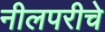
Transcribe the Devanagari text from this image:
नीलपरीचे